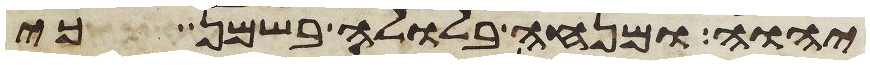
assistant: יהוה ומנחה בלולה בשמן כי